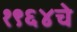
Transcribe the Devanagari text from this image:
१९६४चे